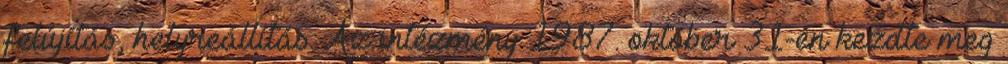
felújítás, helyreállítás. Az intézmény 1987. október 31-én kezdte meg